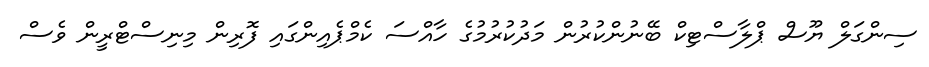
ސިންގަލް ޔޫސް ޕްލާސްޓިކް ބޭނުންކުރުން މަދުކުރުމުގެ ހާއްސަ ކެމްޕެއިންގައި ފޮރިން މިނިސްޓްރީން ވެސް